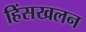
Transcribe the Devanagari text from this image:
हिंसखलन